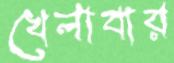
খেলাবার